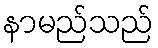
နာမည်သည်